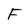
Character: F